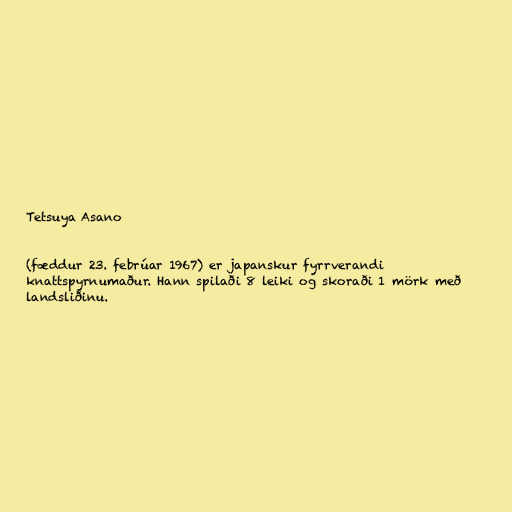
Tetsuya Asano

(fæddur 23. febrúar 1967) er japanskur fyrrverandi
knattspyrnumaður. Hann spilaði 8 leiki og skoraði 1 mörk með
landsliðinu.